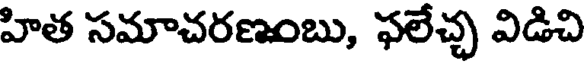
హిత సమాచరణంబు, ఫలేచ్చ విడిచి